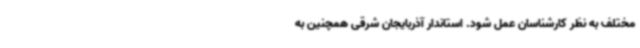
مختلف به نظر کارشناسان عمل شود. استاندار آذربایجان شرقی همچنین به